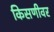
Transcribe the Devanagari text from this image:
किसणीवर